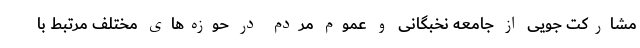
مشارکت جویی از جامعه نخبگانی و عموم مردم در حوزه‌های مختلف مرتبط با